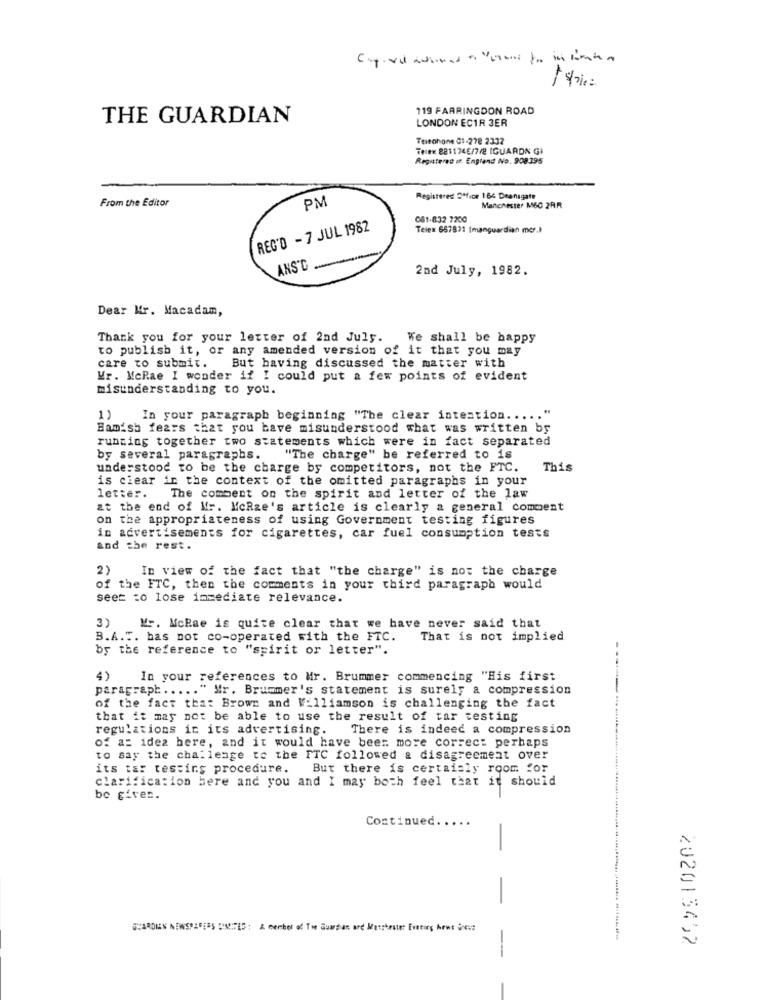
119 FARRINGDON ROAD
THE GUARDIAN
LONDON ECIR 3ER
Tueohone 01-278 2332
Telen 8811746/7/2 (GUARDN G)
Reguterad of England No. 908395
From the Editor
PM
Registered Office 164 Deansgate
Manchester M6O 2RR
081-832 7200
REG'D - 7 JUL 1982
Telex 657871 (manguardian mer.)
ANS'D
2nd July, 1982.
Dear Mr. Macadam,
Thank you for your letter of 2nd July.
We shall be happy
to publish it, or any amended version of it that you may
care to submit. But having discussed the matter with
Vr. McRae I wonder if I could put a few points of evident
misunderstanding to you.
1)
In your paragraph beginning "The clear intention ..... "
Hamish fears that you have misunderstood what was written by
running together two statements which were in fact separated
by several paragraphs. "The charge" be referred to is
understood to be the charge by competitors, not the FTC.
This
is ciear in the context of the omitted paragraphs in your
letter.
The comment on the spirit and letter of the law
at the end of Mr. MeRze's article is clearly a general comment
on the appropriateness of using Government testing figures
in advertisements for cigarettes, car fuel consumption tests
and the rest.
2)
In view of the fact that "the charge" is not the charge
of the FTC, then the comments in your third paragraph would
seet to lose immediate relevance.
3) Mr. McRae is quite clear that we have never said that
B.A.T. bas not co-operated with the FTC.
That is not implied
by the reference to "spirit or letter".
4)
In your references to Mr. Brummer commencing "His first
paragraph ..... " Mr. Brummer's statement is surely a compression
of the fact that Brown and Williamson is challenging the fact
that it may not be able to use the result of tar testing
regulations in its advertising.
There is indeed a compression
of a: idea here, and it would have been more correct perhaps
to say the challenge to the FTC followed a disagreement over
its tar testing procedure.
But there is certainly room for
clarification bere and you and I may both feel that it should
be giver.
Continued. ....
-
SHARON'S NEWSPIDERS DIETED: A member of The Guardian and Masstester Evening Gens
202013492
-